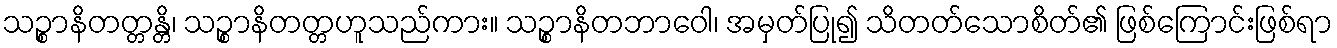
သဉ္စာနိတတ္တန္တိ၊ သဉ္စာနိတတ္တဟူသည်ကား။ သဉ္စာနိတဘာဝေါ၊ အမှတ်ပြု၍ သိတတ်သောစိတ်၏ ဖြစ်ကြောင်းဖြစ်ရာ